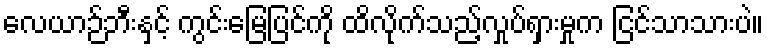
လေယာဉ်ဘီးနှင့် ကွင်းမြေပြင်ကို ထိလိုက်သည့်လှုပ်ရှားမှုက ငြင်သာသားပဲ။